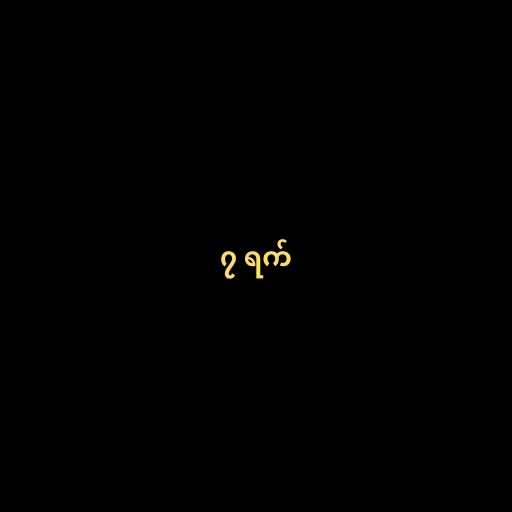
၇ ရက်